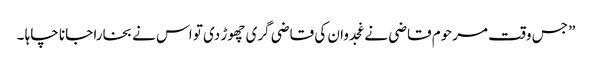
” جس وقت مرحوم قاضی نے غجدوان کی قاضی گری چھوڑ دی تو اس نے بخارا جانا چاہا ۔